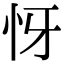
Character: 㤉